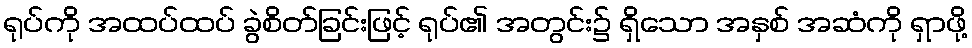
ရုပ်ကို အထပ်ထပ် ခွဲစိတ်ခြင်းဖြင့် ရုပ်၏ အတွင်း၌ ရှိသော အနှစ် အဆံကို ရှာဖို့